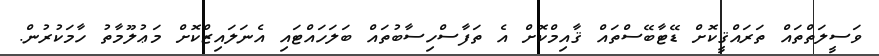
ވަސީލަތްތައް ތަރައްޤީކޮށް ޑޭޓާބޭސްތައް ޤާއިމްކޮށް އެ ތަފާސްހިސާބުތައް ބަލަހައްޓައި އެނަލައިޒްކޮށް މަޢުލޫމާތު ހާމަކުރުން.